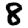
Digit: 8